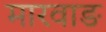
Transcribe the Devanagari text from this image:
मारवाङ